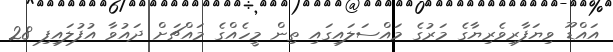
އައްޑޫ ވިޔަފާރިވެރިޔާގެ މަރުގެ މައްސަލައިގައި ތިން މީހެއްގެ މައްޗަށް ދައުވާ އުފުލައިފި 28